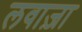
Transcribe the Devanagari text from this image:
लवाज़ा